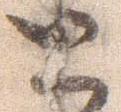
と